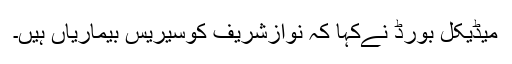
میڈیکل بورڈ نےکہا کہ نوازشریف کوسیریس بیماریاں ہیں۔